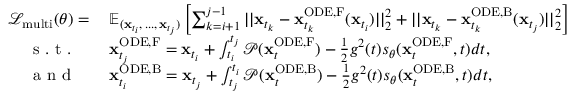
\begin{array} { r l } { \mathcal { L } _ { \mathrm { m u l t i } } ( \theta ) = \: } & { { } \mathbb { E } _ { ( \mathbf { x } _ { t _ { i } } , \, . . . , \, \mathbf { x } _ { t _ { j } } ) } \left[ \sum _ { k = i + 1 } ^ { j - 1 } | | \mathbf { x } _ { t _ { k } } - \mathbf { x } _ { t _ { k } } ^ { \mathrm { O D E , F } } ( \mathbf { x } _ { t _ { i } } ) | | _ { 2 } ^ { 2 } + | | \mathbf { x } _ { t _ { k } } - \mathbf { x } _ { t _ { k } } ^ { \mathrm { O D E , B } } ( \mathbf { x } _ { t _ { j } } ) | | _ { 2 } ^ { 2 } \right] } \\ { \mathrm { ~ s ~ . ~ t ~ . ~ } \quad } & { { } \mathbf { x } _ { t _ { j } } ^ { \mathrm { O D E , F } } = \mathbf { x } _ { t _ { i } } + \int _ { t _ { i } } ^ { t _ { j } } \mathcal { P } ( \mathbf { x } _ { t } ^ { \mathrm { O D E , F } } ) - \frac { 1 } { 2 } g ^ { 2 } ( t ) s _ { \theta } ( \mathbf { x } _ { t } ^ { \mathrm { O D E , F } } , t ) d t , } \\ { \mathrm { ~ a ~ n ~ d ~ } \quad } & { { } \mathbf { x } _ { t _ { i } } ^ { \mathrm { O D E , B } } = \mathbf { x } _ { t _ { j } } + \int _ { t _ { j } } ^ { t _ { i } } \mathcal { P } ( \mathbf { x } _ { t } ^ { \mathrm { O D E , B } } ) - \frac { 1 } { 2 } g ^ { 2 } ( t ) s _ { \theta } ( \mathbf { x } _ { t } ^ { \mathrm { O D E , B } } , t ) d t , } \end{array}